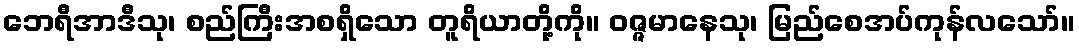
ဘေရီအာဒီသု၊ စည်ကြီးအစရှိသော တူရိယာတို့ကို။ ဝဇ္ဇမာနေသု၊ မြည်စေအပ်ကုန်လသော်။